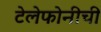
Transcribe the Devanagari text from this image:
टेलेफोनीची